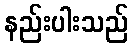
နည်းပါးသည်